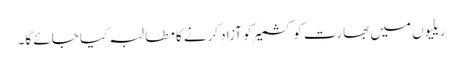
ریلیوں میں بھارت کو کشمیر کو آزاد کرنے کا مطالبہ کیا جائے گا۔